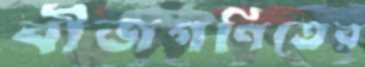
বীজগণিতের